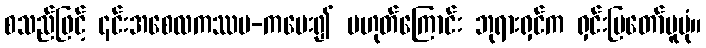
စသည်ဖြင့် ၎င်းအစေလကဿပ-ကမေး၍ မဟုတ်ကြောင်း ဘုရားရှင်က ရှင်းပြတော်မူပုံ။